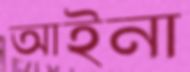
আইনা